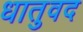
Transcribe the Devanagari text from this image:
धातुवद